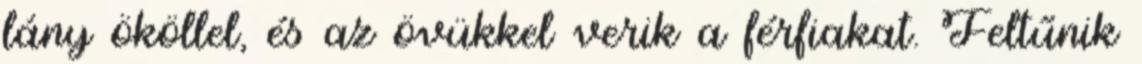
lány ököllel, és az övükkel verik a férfiakat. Feltűnik